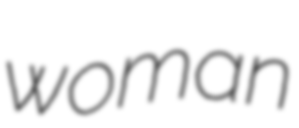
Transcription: woman